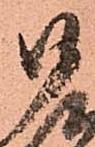
御